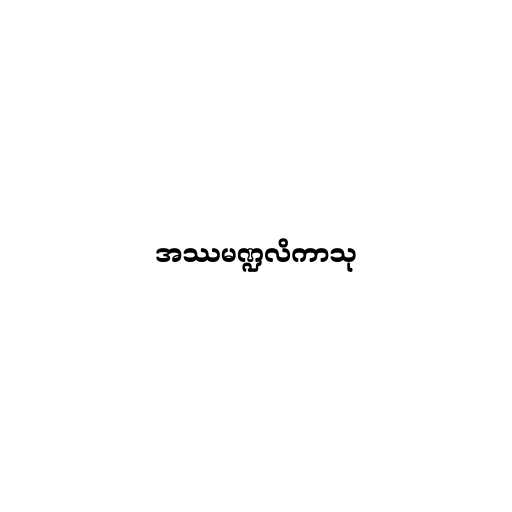
အဿမဏ္ဍလိကာသု